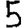
Digit: 5